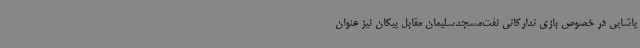
پاشایی در خصوص بازی تدارکاتی نفت‌مسجدسلیمان مقابل پیکان نیز عنوان